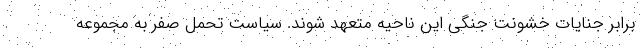
برابر جنایات خشونت جنگی این ناحیه متعهد شوند. سیاست تحمل صفر به مجموعه